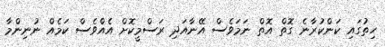
ހިތުގައި ކަންކުރާނެ ގޮތް އޮތް ނަމަވެސް އޭނާއަދި ރަސްމީކޮށް އެއްވެސް ކަމެއް ނުނިންމާ